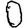
Digit: 0